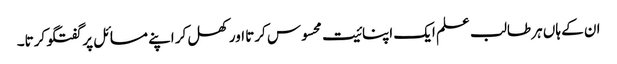
ان کے ہاں ہر طالب علم ایک اپنائیت محسوس کرتا اور کھل کر اپنے مسائل پر گفتگو کرتا۔